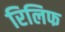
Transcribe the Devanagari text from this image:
रिलिफ